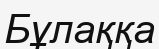
Бұлаққа